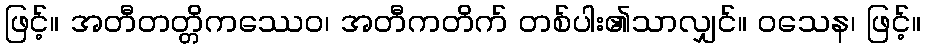
ဖြင့်။ အတီတတ္တိကဿေဝ၊ အတီကတိက် တစ်ပါး၏သာလျှင်။ ဝသေန၊ ဖြင့်။